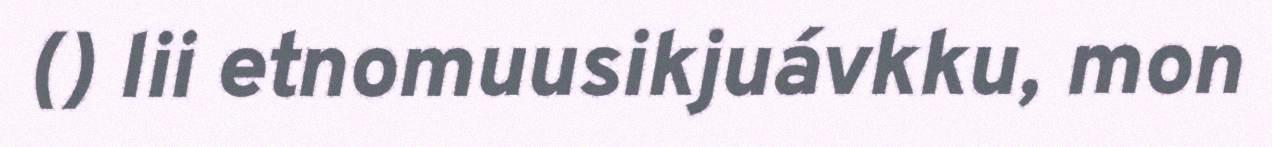
() lii etnomuusikjuávkku, mon